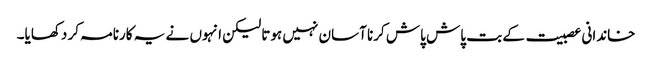
خاندانی عصبیت کے بت پاش پاش کرنا آسان نہیں ہوتا لیکن انہوں نے یہ کارنامہ کر دکھایا۔